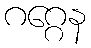
ဂဂ္ဂေန